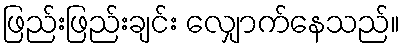
ဖြည်းဖြည်းချင်း လျှောက်နေသည်။